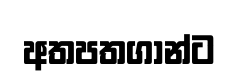
අතපතගාන්ට